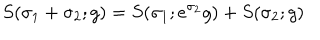
S ( \sigma _ { 1 } + \sigma _ { 2 } ; g ) = S ( \sigma _ { 1 } ; e ^ { \sigma _ { 2 } } g ) + S ( \sigma _ { 2 } ; g )